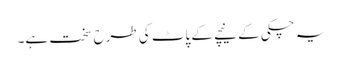
یہ چکی کے نیچے کے پاٹ کی طرح سخت ہے۔